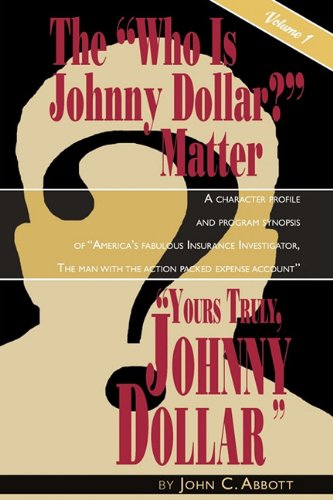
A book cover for Yours Truly, Johnny Dollar Vol. 1; John C. Abbott; Humor & Entertainment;